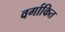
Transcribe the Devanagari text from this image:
वर्गाकित